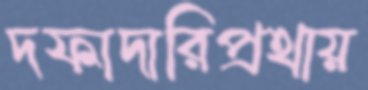
দফাদারিপ্রথায়